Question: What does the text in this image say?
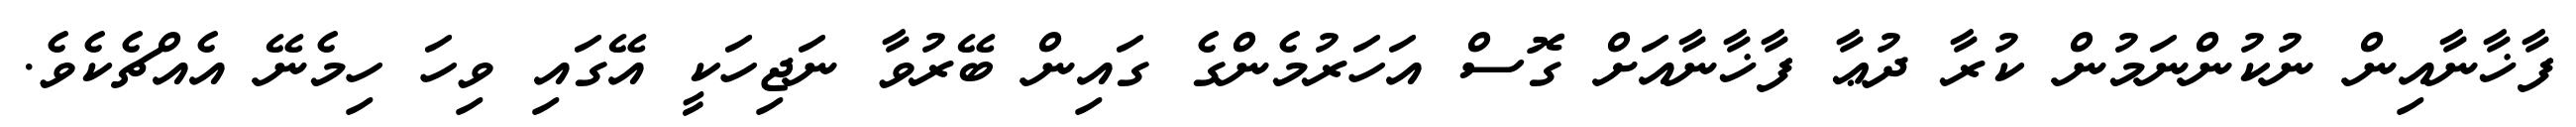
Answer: ފާޚާނާއިން ނުކުންނަމުން ކުރާ ދުޢާ ފާޚާނާއަށް ގޮސް އަހަރުމެންގެ ގައިން ބޭރުވާ ނަޖިހަކީ އޭގައި ވިހަ ހިމެނޭ އެއްޗެކެވެ.